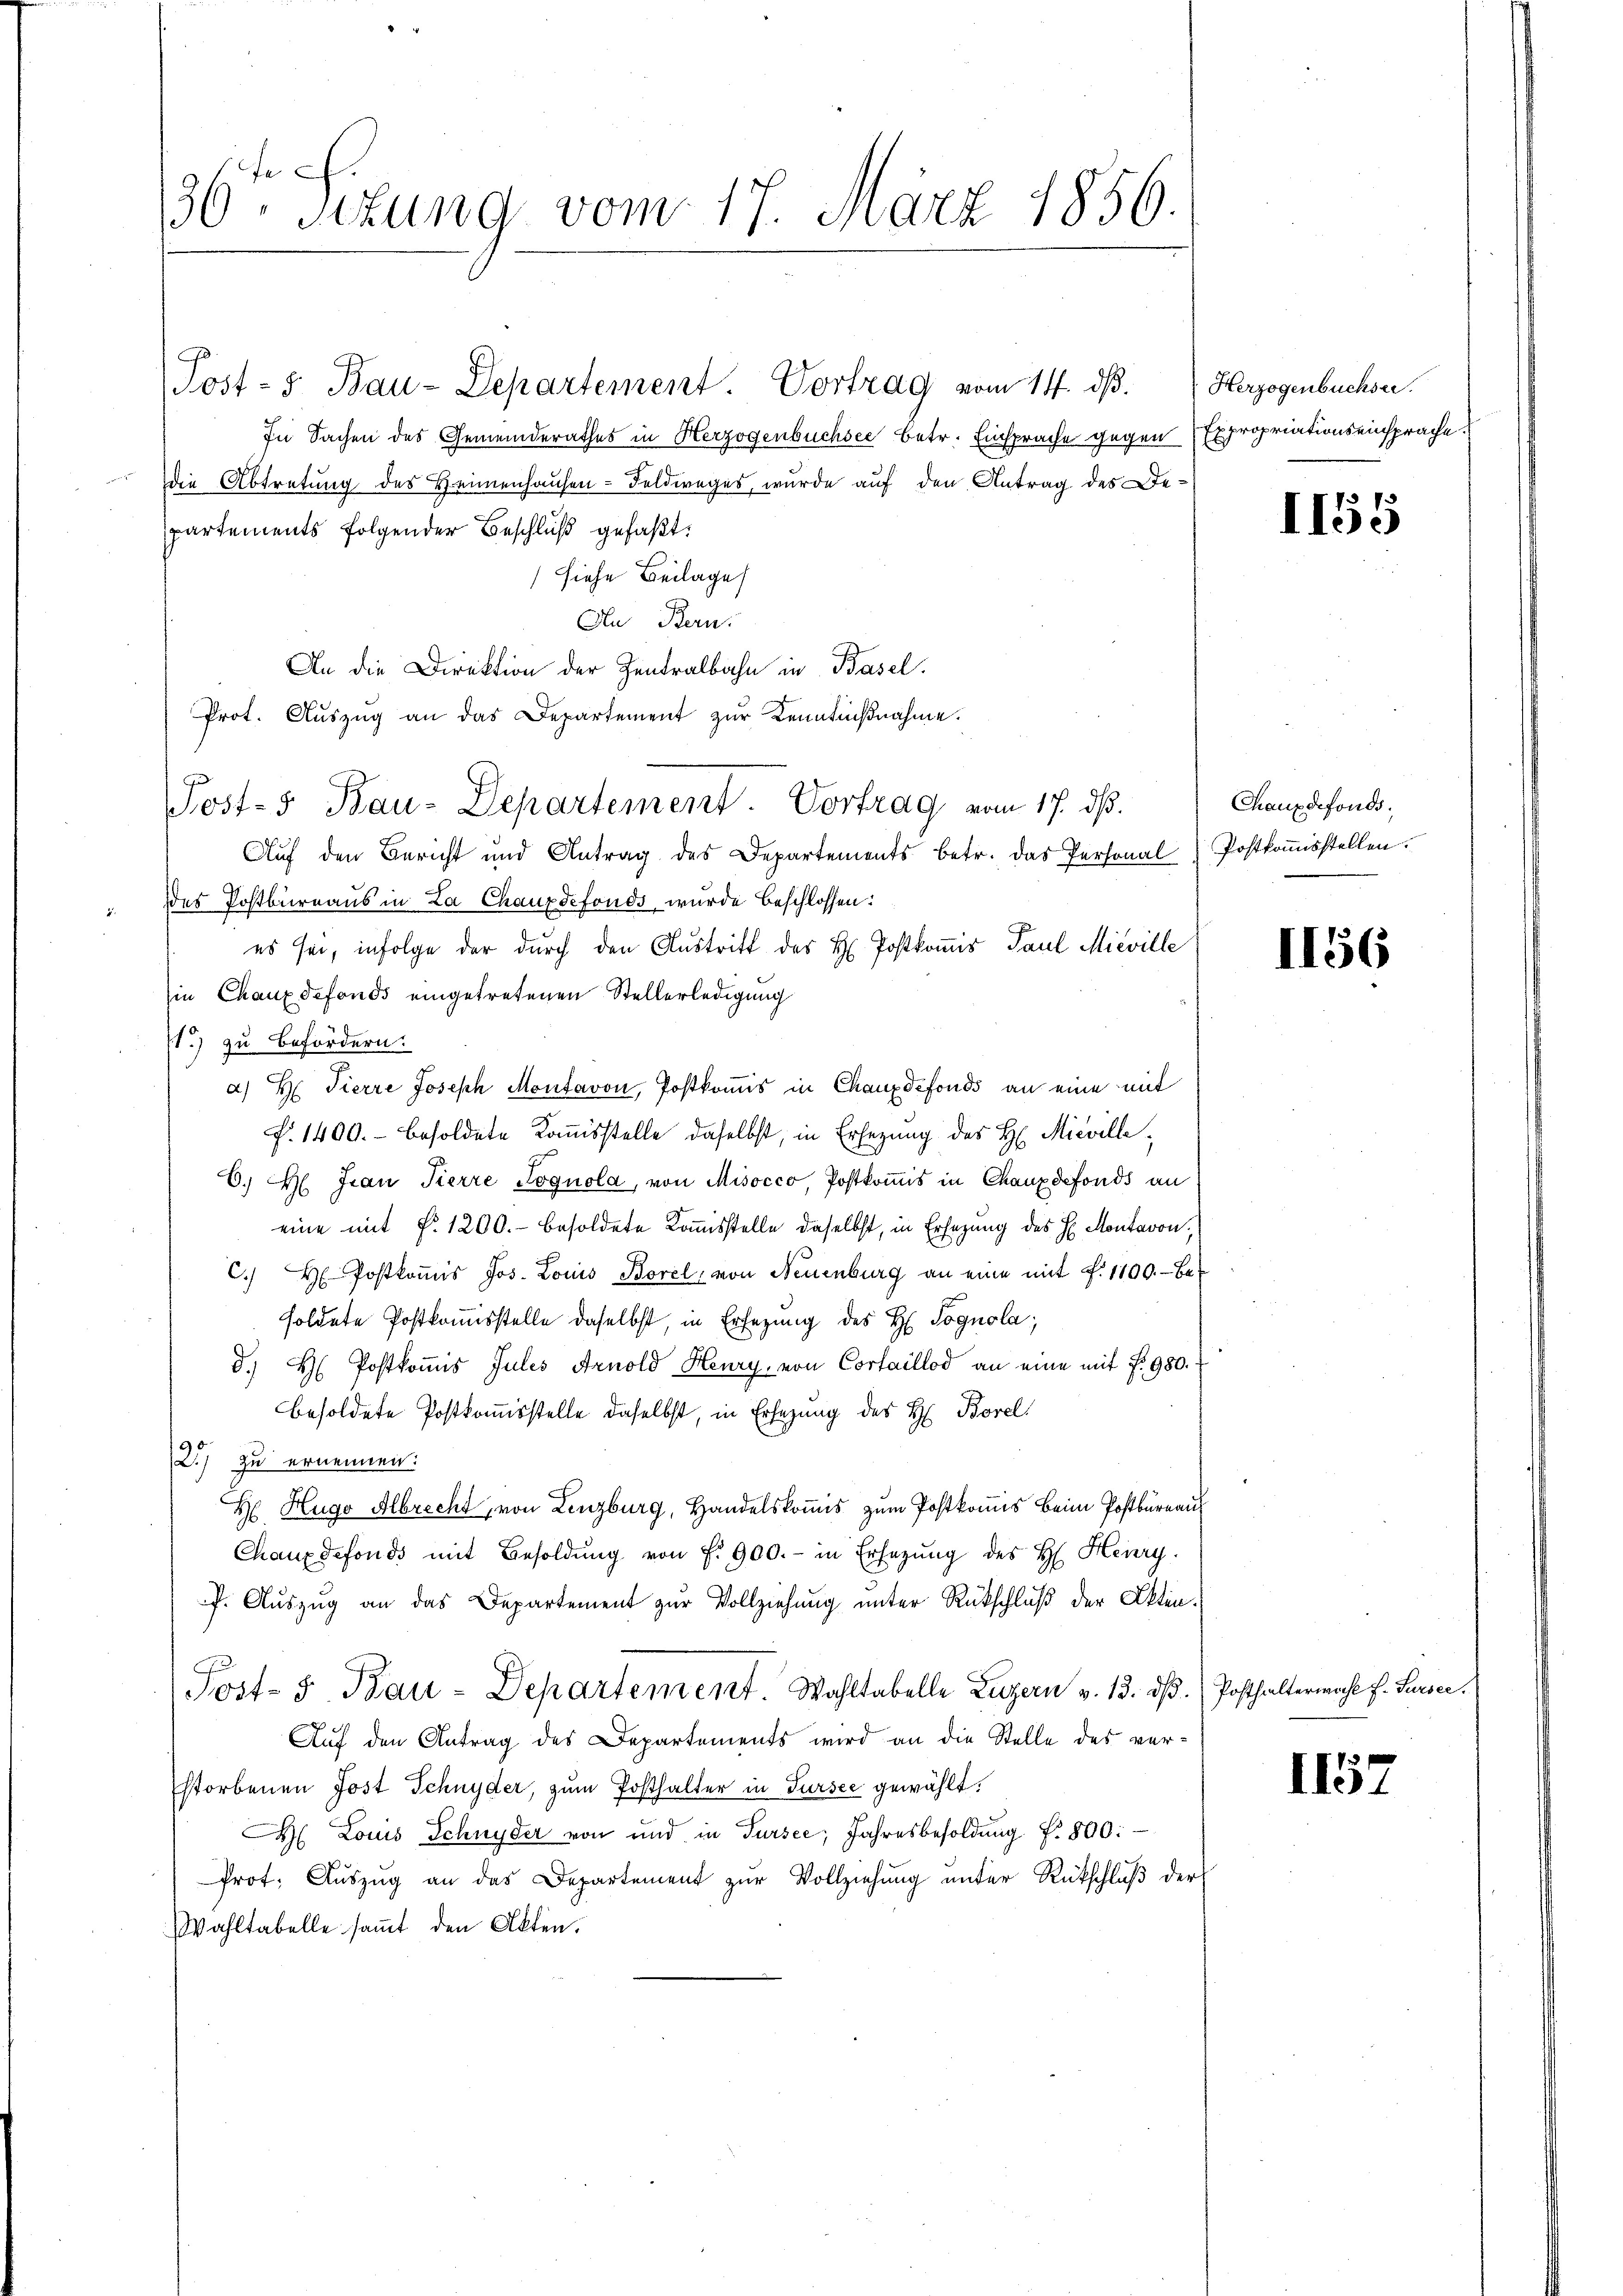
36te Sitzung vom 17. März 1856.

Post- u. Bau-Departement. Vortrag vom 14. ds.
In Sachen des Gemeinderathes in Herzogenbüchsee betr. Einsprache gegen Expropriationseinsprache.
die Abtretung des Heimenhausen - Feldweges, wurde auf den Antrag des Departements folgender Beschluß gefaßt:
(siehe Beilage
An Bern.
An die Direktion der Zentralbahn in Basel.
Auf den Bericht und Antrag des Departements betr. das Personal
ddes Postbureaus in La Chauxdefonds wurde beschlossen:
es sei, infolge der durch den Austritt des H. Postkomis Paul Mieville
ie Chauxdefonds eingetretenen Stellerledigung
1) zu Befördern.
a) Hr. Pierre Joseph Montavon, Postkomis in Chauxdefonds an eine mit
f. 1400. besoldete Kommisstelle daselbst, in Ersezung des H. Micvelle¬
6. H. Frau Pierre Fognola, von Misocco, Postkomis in Chauzdefonds an
eine mit §. 1200.- besoldete Kommisstelle daselbst, in Ersezung des H. Montavon,
C. H. Postkomis Jos. Louis Borel, von Neuenburg an eine mit f. 1100. - Besoldete Postkommisstelle daselbst, in Ersezung des H. Pognola,
d. H. Postkoṁis Julis Arnold Henry von Cortaillod an eine mit f. 980.
Besoldete Postkomisstelle daselbst, in Ersezung des H. Borel
2.) Zu ernennen:
H Hugo Albrecht, von Lenzburg, Handelskomis zum Postkomis beim Postbüreau
Chauxdefonds mit Besoldŭng von f. 900.- in Ersezung des H. Herry.
f. Auszug an das Departement zur Vollziehung unter Rückschluß der Akten.
Post- & Bau-Departement. Wahltabelle Luzern v. 13. ds.
Auf den Antrag des Departements wird an die Stelle des verstorbenen Jost Schnyder, zum Posthalter in Sursee gewählt.
M Louis Schnyder von und in Tursee, Jahresbesoldŭng f. 800:
Prot. Aŭszŭg an das Departement zŭr Vollziehŭng ŭnter Rütschlŭβ der
Wahltabelle samt den Akten.

Prot. Aŭszŭg an das Departement zŭr Kenntnißnahme.
Post- & Bau-Departement. Vortrag vom 17. ds.

Herzogenbüchser.

1155

Chauxdefonds.
Postkommisstellen.

1156

Posthaltermahl f. Sursee.

1157